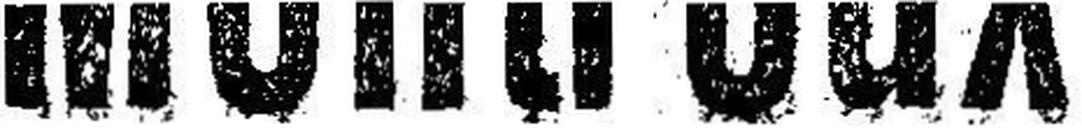
Montreux